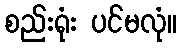
စည်းရုံး ပင်မလုံ။